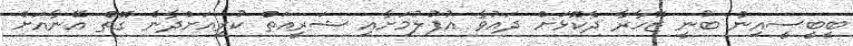
ބީބީސީއިން ބުނީ ޒޮހާރާ ދެކޮޅަށް ދައުވާ އުފުލުމަށާއި ޝަރީއަތް ކުރިއަށްދާނެ ގޮތް އޭނާއަށް